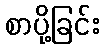
စာပို့ခြင်း